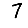
Digit: 7